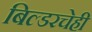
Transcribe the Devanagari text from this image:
बिल्डरचेही